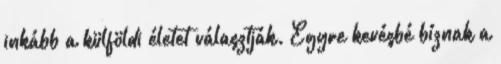
inkább a külföldi életet választják. Egyre kevésbé bíznak a